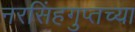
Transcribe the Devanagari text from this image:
नरसिंहगुप्तच्या